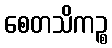
စေတသိကဉ္စ